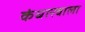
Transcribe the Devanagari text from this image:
कंधारवाला